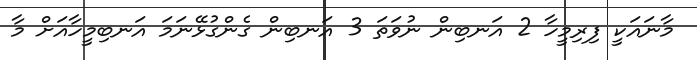
މާނައަކީ ފިރިމީހާ 2 އަނބިން ނުވަތަ 3 އަނބިން ގެންގުޅޭނަމަ އަނބިމީހާއަށް މާ